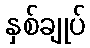
နှစ်ချုပ်